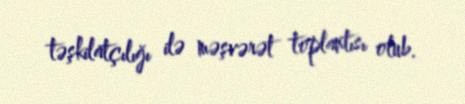
təşkilatçılığı ilə məşvərət toplantısı olub.